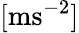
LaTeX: [\mathrm{m}\mathrm{s^{-2}}]